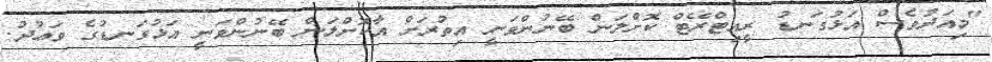
"މިއަދުވެސް އަޅުގަނޑު ރީއިޓްރޭޓް ކޮށްލަން ބޭނުންވަނީ އިތުރަށް އާކޮށްލަން ބޭނުންވަނީ އަޅުގަނޑުގެ ވަޢުދު.